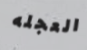
العجله